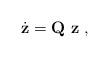
LaTeX: \begin{align*}\dot{\mathbf{z}}=\mathbf{Q}~ \mathbf{z} \;, \end{align*}